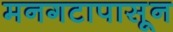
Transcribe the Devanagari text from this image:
मनगटापासून